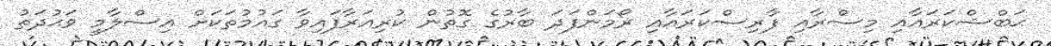
ޙަބްޝްކަރައާއި މިސްރާއި ފާރިސްކަރައާއި ރޯމަންފަދަ ބާރުގެ ގޮތުން ކުރިއަރާފައިވާ ގައުމުތަކަށް އިސްލާމީ ވަޙުދަތު